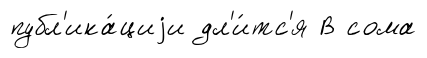
публ'ика́циjи дл'и́тс'я В сома